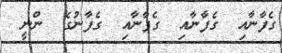
ގެފާނާއި  ގެފާނާއި  ގެފާނާއި  ގެފާނުގެ  ންނީ